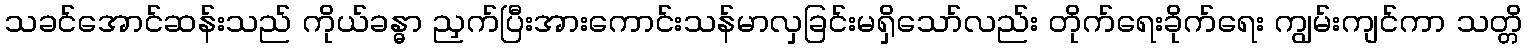
သခင်အောင်ဆန်းသည် ကိုယ်ခန္ဓာ ညှက်ပြီးအားကောင်းသန်မာလှခြင်းမရှိသော်လည်း တိုက်ရေးခိုက်ရေး ကျွမ်းကျင်ကာ သတ္တိ